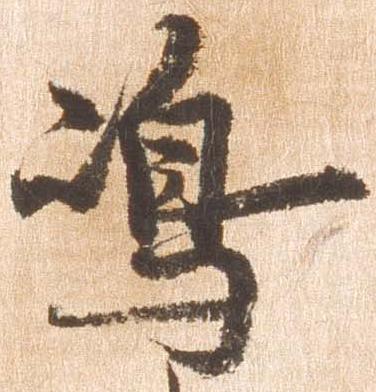
島